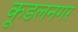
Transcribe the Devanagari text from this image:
कूडलनगर